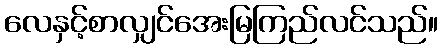
လေနှင့်စာလျှင်အေးမြကြည်လင်သည်။